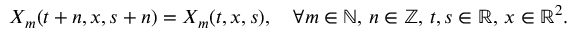
X _ { m } ( t + n , x , s + n ) = X _ { m } ( t , x , s ) , \quad \forall m \in \ensuremath { \mathbb { N } } , \, n \in \ensuremath { \mathbb { Z } } , \, t , s \in \ensuremath { \mathbb { R } } , \, x \in \ensuremath { \mathbb { R } } ^ { 2 } .